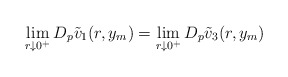
\begin{align*}\lim_{r \downarrow 0^+} D_p\tilde{v}_1(r,y_m) = \lim_{r \downarrow 0^+}D_p\tilde{v}_3(r,y_m) \end{align*}